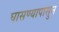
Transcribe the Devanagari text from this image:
घासण्यापासुन